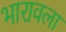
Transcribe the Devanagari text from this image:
भारावला